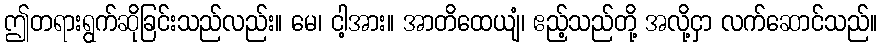
ဤတရားရွက်ဆိုခြင်းသည်လည်း။ မေ၊ ငါ့အား။ အာတိထေယျံ၊ ဧည့်သည်တို့ အလို့ငှာ လက်ဆောင်သည်။